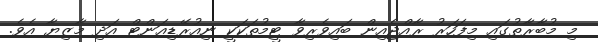
މި މުބާރާތުގައި މިފަހަރު ރާއްޖެއިން ބައިވެރިވާ ޓީމުތަކަކީ ނިއުރޭޑިއަންޓް އަދި މާޒިޔާ އެވެ.